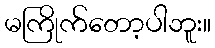
မကြိုက်တော့ပါဘူး။